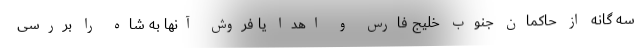
سه گانه از حاکمان جنوب خلیج فارس و اهدا یا فروش آنها به شاه را بررسی